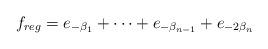
LaTeX: \begin{align*}f_{reg}=e_{-\beta_{1}}+\cdots+e_{-\beta_{n-1}}+e_{-2\beta_{n}}\end{align*}